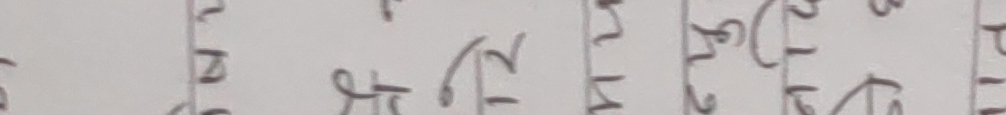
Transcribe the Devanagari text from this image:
सा १ मा २ ले ३ ने ४ न ५